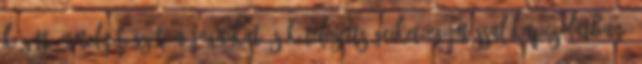
között, amely rögzíti a jogaikat és kötelezettségeiket egymással kapcsolatban,